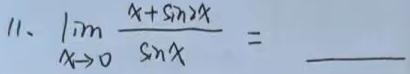
11. $\lim_{x \to 0} \frac{x + \sin 2x}{\sin x} =$  \_\_\_